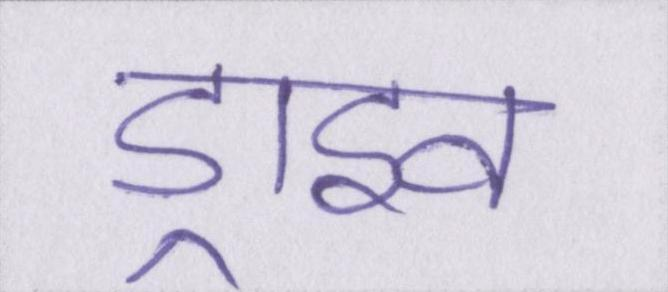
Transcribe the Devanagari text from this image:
ड्राइव